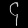
Digit: ၄